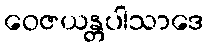
ဝေဇယန္တပါသာဒေ